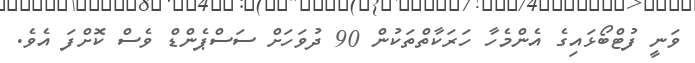
ވަނީ ފުޓްބޯޅައިގެ އެންމެހާ ހަރަކާތްތަކުން 90 ދުވަހަށް ސަސްޕެންޑް ވެސް ކޮށްފަ އެވެ.